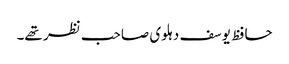
حافظ یوسف دہلوی صاحب نظر تھے۔